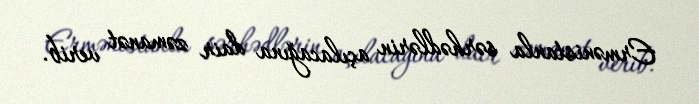
Ermənistanla sərhədlərin açılacağına dair zəmanət verib.